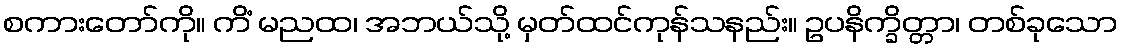
စကားတော်ကို။ ကိံ မညထ၊ အဘယ်သို့ မှတ်ထင်ကုန်သနည်း။ ဥပနိက္ခိတ္တာ၊ တစ်ခုသော